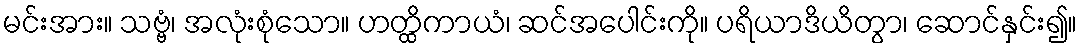
မင်းအား။ သဗ္ဗံ၊ အလုံးစုံသော။ ဟတ္ထိကာယံ၊ ဆင်အပေါင်းကို။ ပရိယာဒိယိတွာ၊ ဆောင်နှင်း၍။